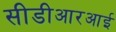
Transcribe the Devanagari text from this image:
सीडीआरआई